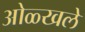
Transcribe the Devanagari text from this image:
ओळ्खले